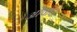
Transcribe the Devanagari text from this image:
ओषधिः